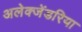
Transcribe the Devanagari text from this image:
अलेक्जेंडरिया